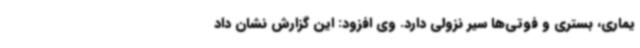
یماری، بستری و فوتی‌ها سیر نزولی دارد. وی افزود: این گزارش نشان داد